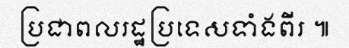
ប្រជាពលរដ្ឋប្រទេសទាំងពីរ ៕